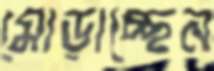
মোড়াচ্ছেন